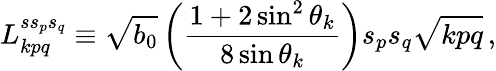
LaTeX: L_{kpq}^{ss_{p}s_{q}}\equiv\sqrt{b_{0}}\left(\frac{1+2\sin^{2}\theta_{k}}{8\sin\theta_{k}}\right)s_{p}s_{q}\sqrt{kpq}\, ,